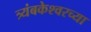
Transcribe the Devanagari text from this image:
त्र्यंबकेश्‍वरच्या